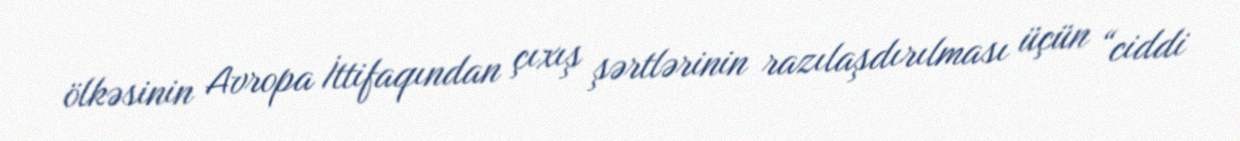
ölkəsinin Avropa İttifaqından çıxış şərtlərinin razılaşdırılması üçün “ciddi